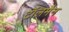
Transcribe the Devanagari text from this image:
टॉलमैन